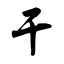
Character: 干